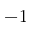
- 1